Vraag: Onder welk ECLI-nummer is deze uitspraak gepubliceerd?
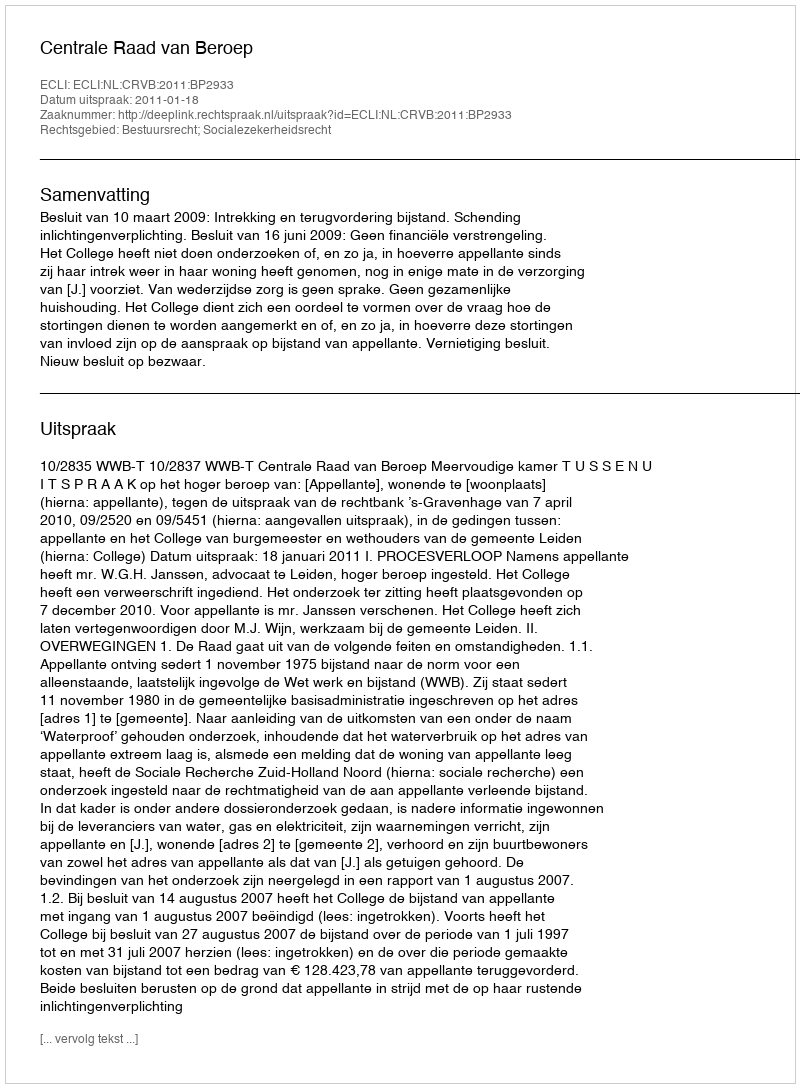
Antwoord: ECLI:NL:CRVB:2011:BP2933